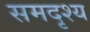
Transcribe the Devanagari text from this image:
समदृश्य